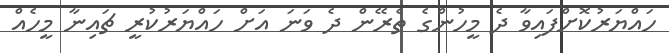
ހައްޔަރުކޮށްފައިވާ ދެ މީހުންގެ ތެރޭން ދެ ވަނަ އަށް ހައްޔަރުކުރީ ޗައިނާ މީހެއް